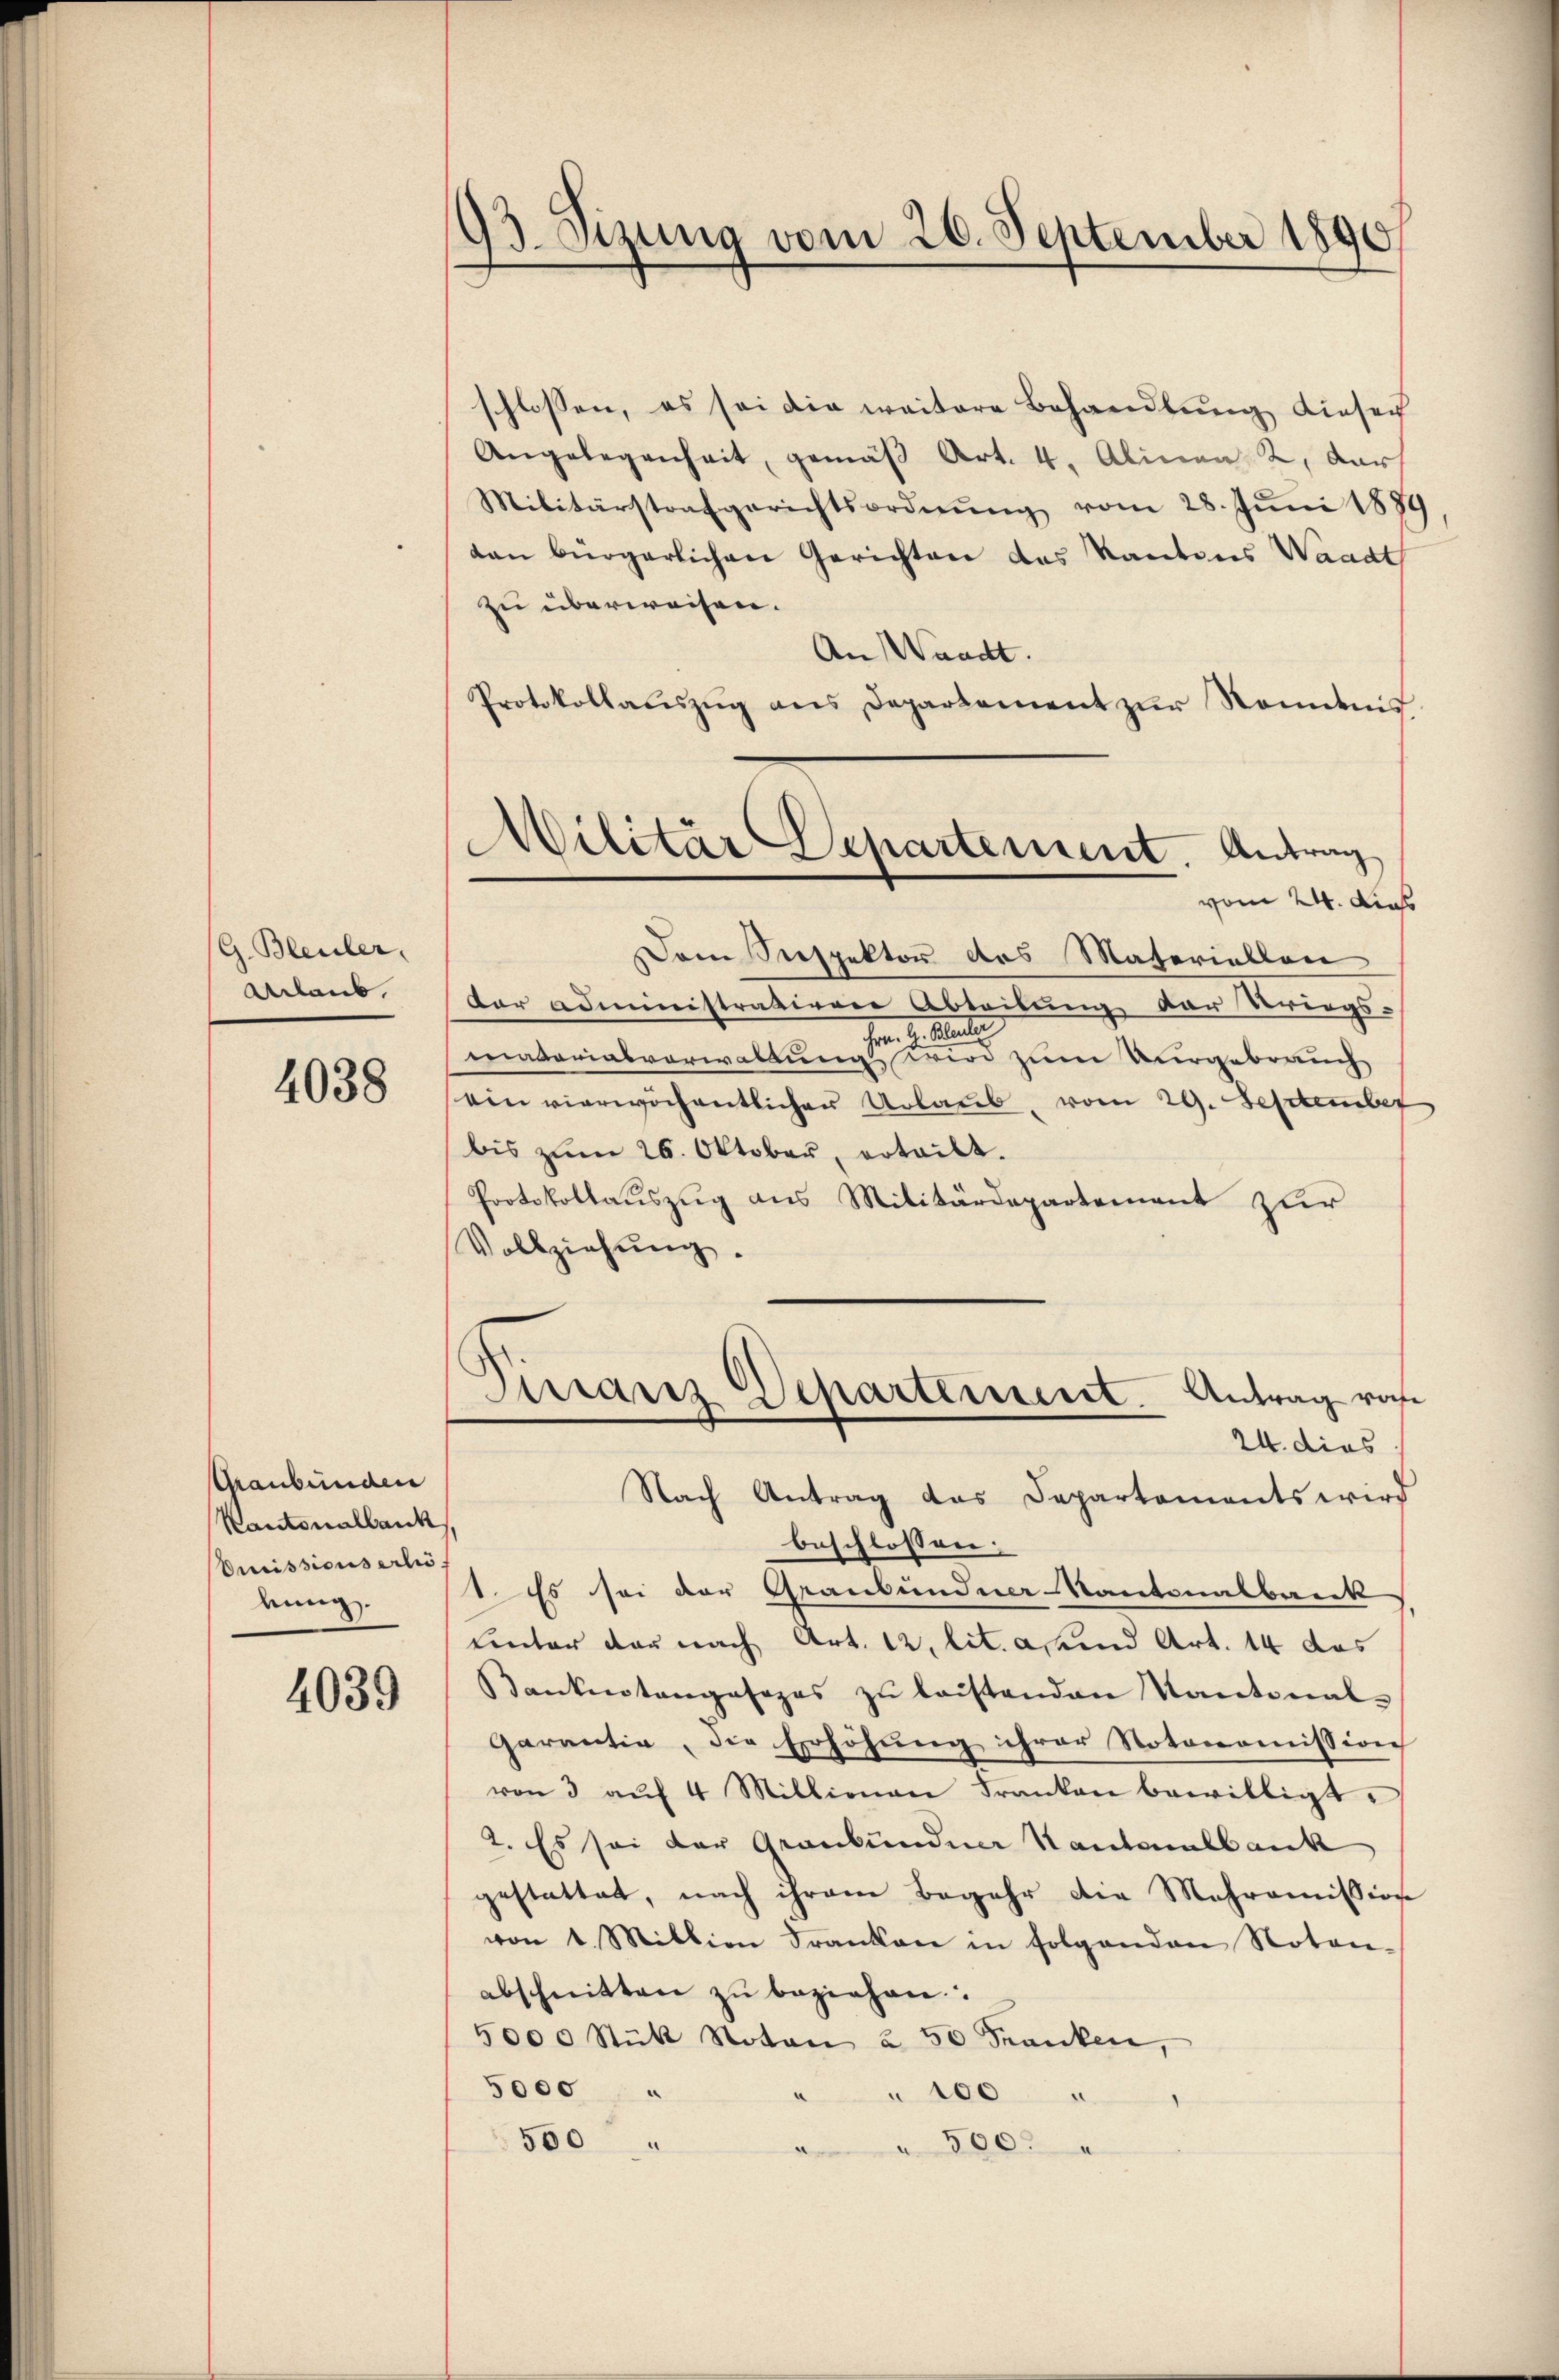
(G. Bleuler,
Arlaub.

4038

Graubünden
Kantonalbank
Preissionserhö
kung.

4039

93. Sizung vom 20. September 1890

schlossen, es sei die weitere Behandlŭng dieser
Angelegenheit, gemäβ Art. 4. Alinea 2. dar
Militärstrafgerichtsordnŭng vom 28. Jŭni 188
dan bürgerlichen Gerichten des Kantons Waadt
zu überweisen.
An Waadt.
Protokollauszug aus Departement zur Romenis
vom 24. Dies
Dem Seespektor des Materiellen
der Administratierer Abteilung der Kriegs-
v. Plate
e
matoriasverwaltung wird zum Vergebrauch
ein vierwöchentlicher Urlaub, vom 29. September
bis zŭm 26. Oktober, erteilt.
Protokollauszug aus Militärdepartement zur
Vollziehŭng.
Dirranz Departement. Antrag von
24. dies
Nach Antrag das Departements wird
beschlossen:
1. Es sei der Graubündner Kantonalbank
unter das nach Art. 12. lit. Abend Art. 14 das
Bankenstangesezes zŭ leistenden Kantonal-
Garantia, die Erhöhung ihrer Notonomission
von 3 aŭf 4 Millionen Franken bewilligt.
2. Es sei der Graubündner Kantonalbank
gestattet, nach ihrem Begehr die Mehromission
von 1. Million Franken in folgenden Noten-
abschnitten zŭ beziehen.
5000 Stück Noton à 50 Franken,
5000
 100
550
500.

Militär Departement. Antrag